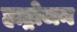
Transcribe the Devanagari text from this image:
हाड्रोजन